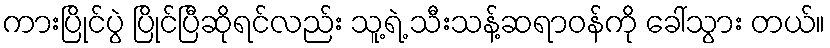
ကားပြိုင်ပွဲ ပြိုင်ပြီဆိုရင်လည်း သူ့ရဲ့ သီးသန့်ဆရာဝန်ကို ခေါ်သွား တယ်။